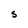
Character: S